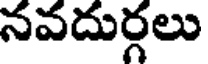
నవదుర్గలు